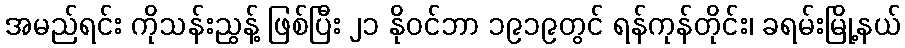
အမည်ရင်း ကိုသန်းညွန့် ဖြစ်ပြီး ၂၁ နိုဝင်ဘာ ၁၉၁၉တွင် ရန်ကုန်တိုင်း၊ ခရမ်းမြို့နယ်